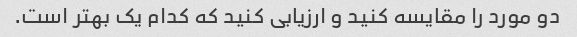
دو مورد را مقایسه کنید و ارزیابی کنید که کدام یک بهتر است.